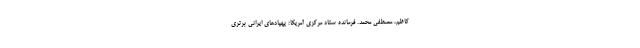
کاظم، مصطفی محمد. فرمانده ستاد مرکزی آمریکا: پهپادهای ایرانی برتری